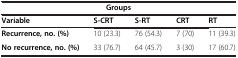
| <COLSPAN=5> Groups |
 | Variable | S-CRT | S-RT | CRT | RT |
 | --- | --- | --- | --- | --- |
 | Recurrence, no. (%) | 10 (23.3) | 76 (54.3) | 7 (70) | 11 (39.3) |
 | No recurrence, no. (%) | 33 (76.7) | 64 (45.7) | 3 (30) | 17 (60.7) |